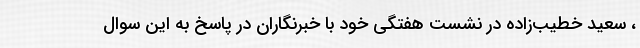
، سعید خطیب‌زاده در نشست هفتگی خود با خبرنگاران در پاسخ به این سوال